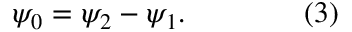
\psi _ { 0 } = \psi _ { 2 } - \psi _ { 1 } . \qquad \qquad ( 3 )